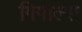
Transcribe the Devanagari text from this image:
गिगाल्स